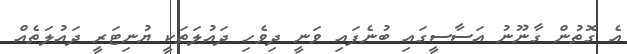
އެ ގޮތުން ގާނޫނު އަސާސީގައި ބުނެފައި ވަނީ ދިވެހި ދައުލަތަކީ ޔުނިޓަރީ ދައުލަތެއް